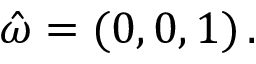
\boldsymbol { \hat { \omega } } = ( 0 , 0 , 1 ) \, .